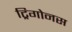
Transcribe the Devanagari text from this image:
ट्रिगोनस